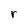
Character: r